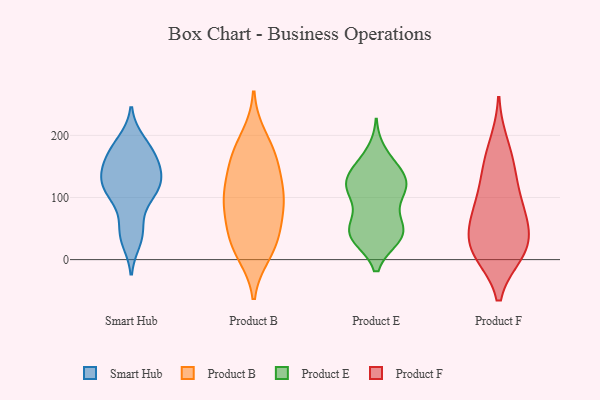
{"axis": {"x": "Waste Production (Tons)", "y": "Value"}, "legend": ["Product B", "Product E", "Product F", "Smart Hub"], "data": [{"x": "", "y": 41, "type": "Smart Hub"}, {"x": "", "y": 186, "type": "Smart Hub"}, {"x": "", "y": 119, "type": "Smart Hub"}, {"x": "", "y": 191, "type": "Smart Hub"}, {"x": "", "y": 98, "type": "Smart Hub"}, {"x": "", "y": 117, "type": "Smart Hub"}, {"x": "", "y": 155, "type": "Smart Hub"}, {"x": "", "y": 158, "type": "Smart Hub"}, {"x": "", "y": 98, "type": "Smart Hub"}, {"x": "", "y": 128, "type": "Smart Hub"}, {"x": "", "y": 158, "type": "Smart Hub"}, {"x": "", "y": 169, "type": "Smart Hub"}, {"x": "", "y": 124, "type": "Smart Hub"}, {"x": "", "y": 51, "type": "Smart Hub"}, {"x": "", "y": 129, "type": "Smart Hub"}, {"x": "", "y": 30, "type": "Smart Hub"}, {"x": "", "y": 92, "type": "Product B"}, {"x": "", "y": 10, "type": "Product B"}, {"x": "", "y": 87, "type": "Product B"}, {"x": "", "y": 175, "type": "Product B"}, {"x": "", "y": 97, "type": "Product B"}, {"x": "", "y": 102, "type": "Product B"}, {"x": "", "y": 154, "type": "Product B"}, {"x": "", "y": 142, "type": "Product B"}, {"x": "", "y": 51, "type": "Product B"}, {"x": "", "y": 32, "type": "Product B"}, {"x": "", "y": 162, "type": "Product B"}, {"x": "", "y": 197, "type": "Product B"}, {"x": "", "y": 15, "type": "Product B"}, {"x": "", "y": 39, "type": "Product B"}, {"x": "", "y": 105, "type": "Product B"}, {"x": "", "y": 36, "type": "Product E"}, {"x": "", "y": 38, "type": "Product E"}, {"x": "", "y": 145, "type": "Product E"}, {"x": "", "y": 106, "type": "Product E"}, {"x": "", "y": 45, "type": "Product E"}, {"x": "", "y": 115, "type": "Product E"}, {"x": "", "y": 119, "type": "Product E"}, {"x": "", "y": 117, "type": "Product E"}, {"x": "", "y": 74, "type": "Product E"}, {"x": "", "y": 38, "type": "Product E"}, {"x": "", "y": 47, "type": "Product E"}, {"x": "", "y": 146, "type": "Product E"}, {"x": "", "y": 115, "type": "Product E"}, {"x": "", "y": 55, "type": "Product E"}, {"x": "", "y": 119, "type": "Product E"}, {"x": "", "y": 141, "type": "Product E"}, {"x": "", "y": 36, "type": "Product E"}, {"x": "", "y": 172, "type": "Product E"}, {"x": "", "y": 147, "type": "Product F"}, {"x": "", "y": 15, "type": "Product F"}, {"x": "", "y": 12, "type": "Product F"}, {"x": "", "y": 18, "type": "Product F"}, {"x": "", "y": 82, "type": "Product F"}, {"x": "", "y": 11, "type": "Product F"}, {"x": "", "y": 98, "type": "Product F"}, {"x": "", "y": 44, "type": "Product F"}, {"x": "", "y": 143, "type": "Product F"}, {"x": "", "y": 185, "type": "Product F"}, {"x": "", "y": 78, "type": "Product F"}, {"x": "", "y": 51, "type": "Product F"}]}